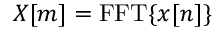
X [ m ] = \operatorname { F F T } \{ x [ n ] \}